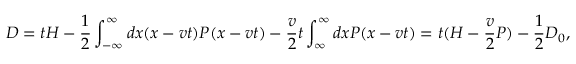
D = t H - \frac { 1 } { 2 } \int _ { - \infty } ^ { \infty } d x ( x - v t ) { \cal P } ( x - v t ) - \frac { v } { 2 } t \int _ { \infty } ^ { \infty } d x { \cal P } ( x - v t ) = t ( H - \frac { v } { 2 } P ) - \frac { 1 } { 2 } D _ { 0 } ,